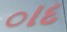
ાદ